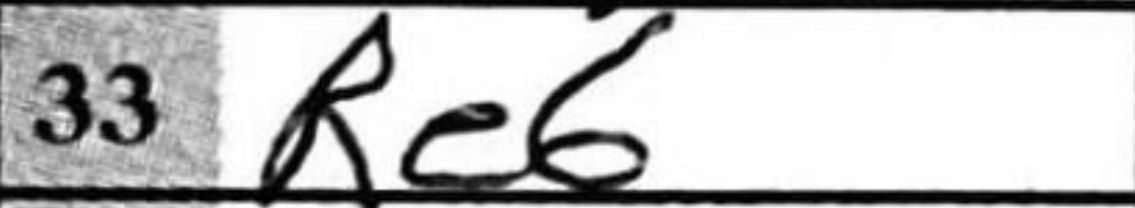
Transcription: Re6